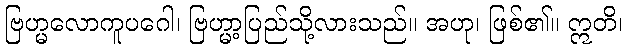
ဗြဟ္မလောကူပဂေါ၊ ဗြဟ္မာ့ပြည်သို့လားသည်။ အဟု၊ ဖြစ်၏။ ဣတိ၊